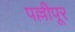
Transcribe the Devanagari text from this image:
पल्लीपूर